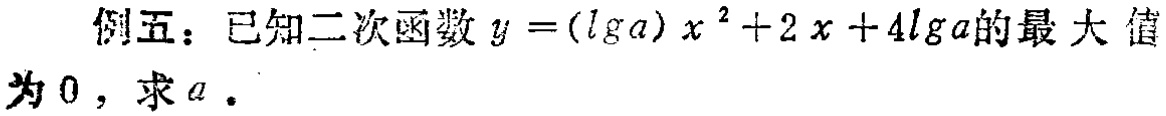
例五：已知二次函数\(y = (\lg a)x^{2}+2x + 4\lg a\)的最大值为\(0\)，求\(a\)。